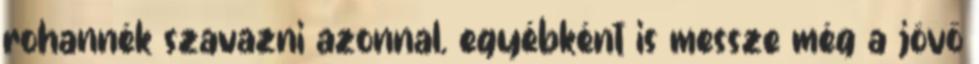
rohannék szavazni azonnal. egyébként is messze még a jövő